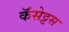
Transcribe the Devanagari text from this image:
कॅसेट्टस